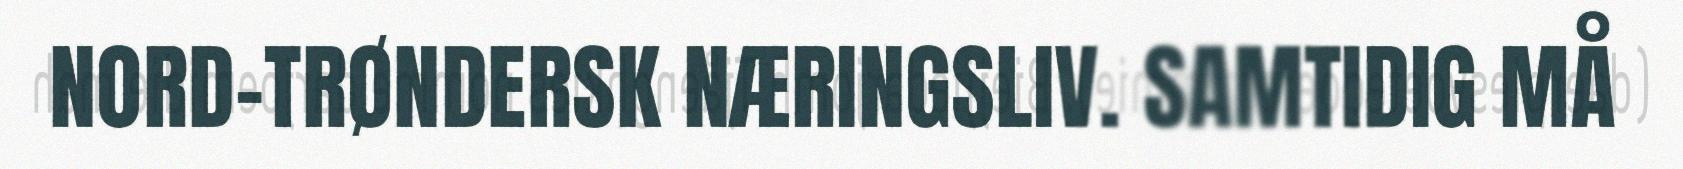
NORD-TRØNDERSK NÆRINGSLIV. SAMTIDIG MÅ